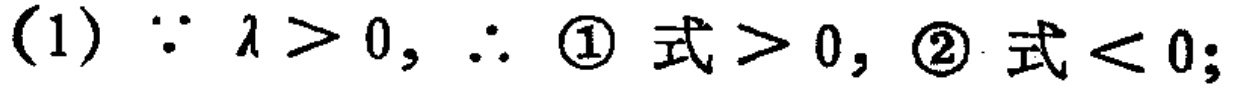
(1) $\because \lambda > 0, \therefore$ \textcircled{1} 式 $> 0$, \textcircled{2} 式 $< 0$;